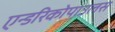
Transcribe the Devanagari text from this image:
एन्डरिकोपाउलस